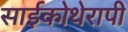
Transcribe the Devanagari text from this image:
साईकोथेरापी